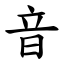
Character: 音